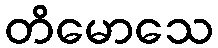
တိမောသေ